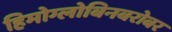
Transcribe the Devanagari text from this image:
हिमोग्लोबिनबरोबर